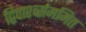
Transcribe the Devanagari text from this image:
द्विपार्श्व्सममित